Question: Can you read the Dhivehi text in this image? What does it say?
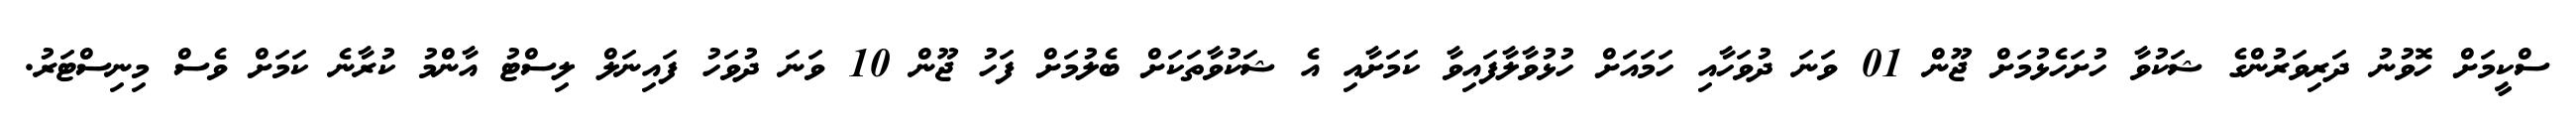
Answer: ސްކީމަށް ހޮވުނު ދަރިވަރުންގެ ޝަކުވާ ހުށަހެޅުމަށް ޖޫން 01 ވަނަ ދުވަހާއި ހަމައަށް ހުޅުވާލާފައިވާ ކަމަށާއި އެ ޝަކުވާތަކަށް ބެލުމަށް ފަހު ޖޫން 10 ވަނަ ދުވަހު ފައިނަލް ލިސްޓު އާންމު ކުރާނެ ކަމަށް ވެސް މިނިސްޓަރު.